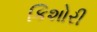
કિશોરી